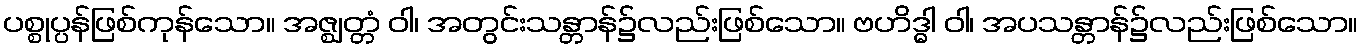
ပစ္စုပ္ပန်ဖြစ်ကုန်သော။ အဇ္ဈတ္တံ ဝါ၊ အတွင်းသန္တာန်၌လည်းဖြစ်သော။ ဗဟိဒ္ဓါ ဝါ၊ အပသန္တာန်၌လည်းဖြစ်သော။